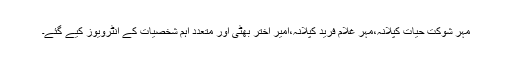
مہر شوکت حیات کپلانہ،مہر غلام فرید کپلانہ،امیر اختر بھٹی اور متعدد اہم شخصیات کے انٹرویوز کیے گئے۔